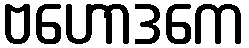
ဗဟောဒကေ